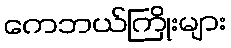
ကေဘယ်ကြိုးများ